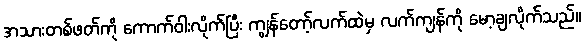
အသားတစ်ဖတ်ကို ကောက်ဝါးလိုက်ပြီး ကျွန်တော့်လက်ထဲမှ လက်ကျန်ကို မော့ချလိုက်သည်။